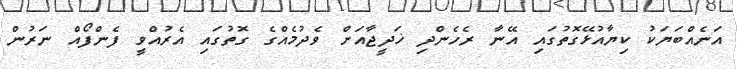
އަނެއްބަޔަކު ކިޔާއުޅޭގޮތުގައި އޭނާ ރެހެންދި ޚަދީޖާއަށް ވެދުމެއްގެ ގޮތުގައި އެރުއްވީ ފެންފޯއް ނަރުން